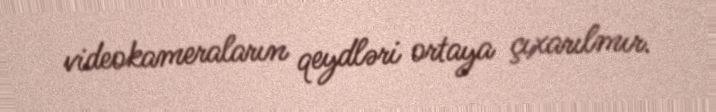
videokameraların qeydləri ortaya çıxarılmır.